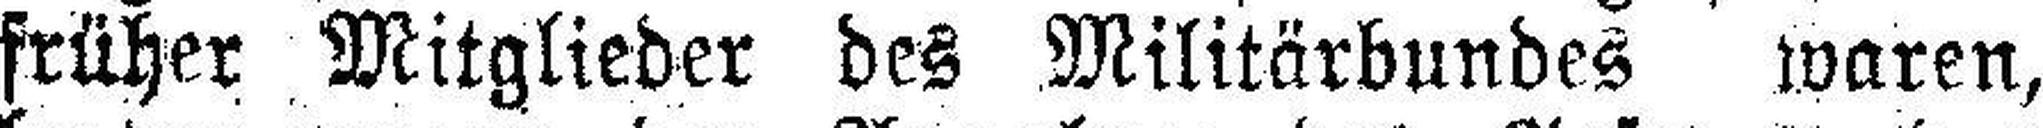
früher Mitglieder des Militärbundes waren,